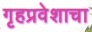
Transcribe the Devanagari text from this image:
गृहप्रवेशाचा